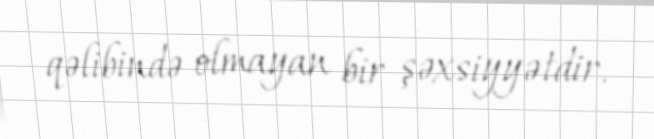
qəlibində olmayan bir şəxsiyyətdir.